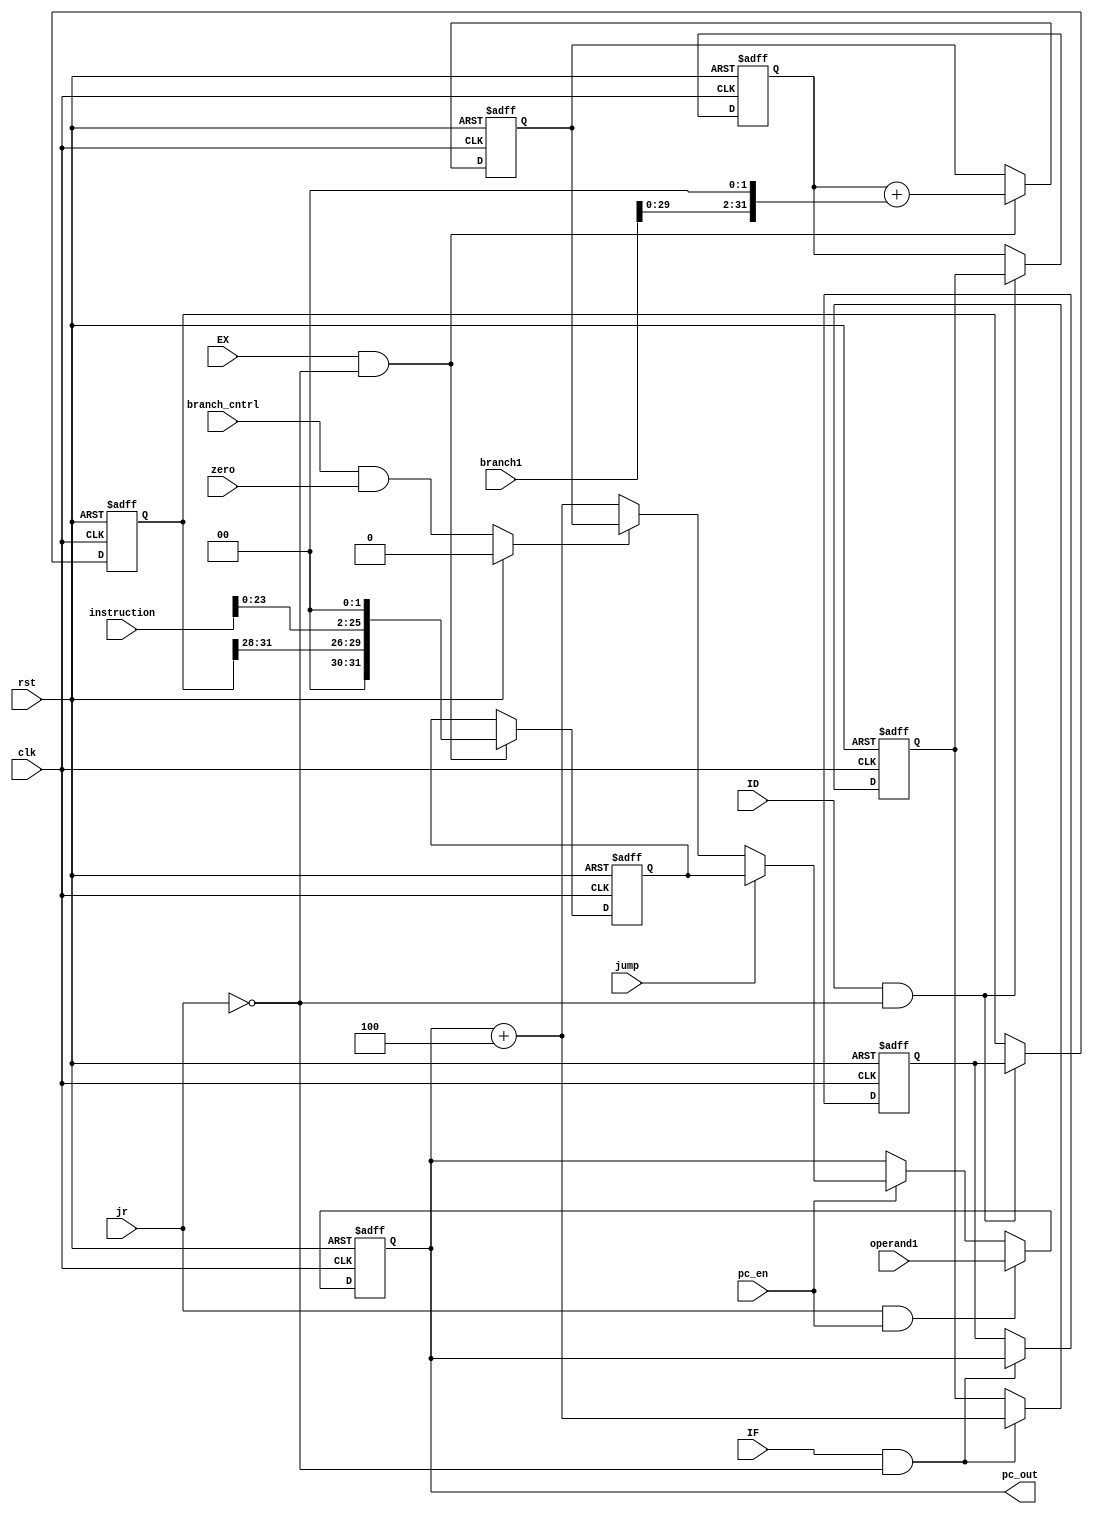
`timescale 1ns/10ps

module pc_counter(clk, rst, branch_cntrl, zero, jump , pc_out,jr, operand1, branch1, instruction,pc_en,IF,ID,EX);

input zero, jr;
input jump;
input [31:0] operand1;
input [25:0] instruction;
input branch_cntrl;
input clk;
input rst;
input pc_en,IF,ID,EX;
//output reg IMEM_en;//changed it back to reg from wire
//wire IMEM_en_q, s;
output reg [31:0] pc_out;
reg [31:0] pc_out_q, pc_out_q1;
reg   branch_select;
wire [31:0] pc_add;
reg  [31:0] pc_add_q, pc_add_q1;
wire [31:0] branch_add;
reg  [31:0] branch_add_q, operand1_q1;
reg  [31:0] mux1_out;
reg  [31:0] pc;
wire [15:0] address;
input[31:0] branch1 ;
wire [31:0] jump_add;
reg [31:0] jump_add_q;

always @(*)
	begin
		if(rst)
			begin
				branch_select = 0;
			end
		else
			begin
				branch_select = branch_cntrl & zero; // branch_control signal will come from control unit. Made it under always because to intialize it
			end
	end

assign branch_add = pc_add_q1+(branch1<<2);//shifting by 2 is like multiplying by 4 because JTA & BTA requires word boundries
assign pc_add = pc_out + 32'd4; // program counter is incremented by 4

always @(branch_select, branch_add, pc_add)// branch instruction implemented
	begin
		if (branch_select==1)
			mux1_out = branch_add_q; 
		else
			mux1_out = pc_add;
	end

assign jump_add =  {pc_out_q1[31:28],instruction[25:0] << 2} ;

always@ (jump or jump_add or mux1_out)//jump implementation//force branch operation
	begin
    if ( jump == 1 ) 
        pc = jump_add_q;
    else
        pc = mux1_out;
	end

always@(posedge clk or posedge rst)//fetch stage
	begin
		if(rst)
			begin
				pc_add_q <= 0;
				pc_out_q <= 0;
			end
		else if (IF && !jr)
			begin
				pc_add_q <= pc_add;
				pc_out_q <= pc_out;
			end
		else
			begin
				pc_add_q <= pc_add_q;
				pc_out_q <= pc_out_q;
			end
	end
	
always@(posedge clk or posedge rst)//id stage
	begin
		if(rst)
			begin
				pc_out_q1 <= 0;
				pc_add_q1 <= 0;
			end
		else if (ID && !jr)
			begin
				pc_out_q1 <= pc_out_q;
				pc_add_q1 <= pc_add_q;
			end
		else
			begin
				pc_out_q1 <= pc_out_q1;
				pc_add_q1 <= pc_add_q1;
			end
	end

always@(posedge clk or posedge rst)//ex stage
	begin
		if(rst)
			begin
				jump_add_q <= 0;
				branch_add_q <= 0;
			end
		else if (EX && !jr)
			begin
				jump_add_q <= jump_add;
				branch_add_q <= branch_add;
			end
		else
			begin
				jump_add_q <= jump_add_q;
				branch_add_q <= branch_add_q;
			end
	end


always@(posedge clk or posedge rst)//pc stage
	begin
		if(rst)
			begin
				pc_out <= 0;
			end
		else if (jr && pc_en)
			begin
				pc_out <= operand1;
			end
		else if (pc_en)
			begin
				pc_out <= pc;
			end	
	end

endmodule